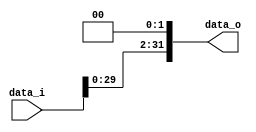
//Subject:      CO project 2 - Shift_Left_Two_32
//--------------------------------------------------------------------------------
//Version:     1
//--------------------------------------------------------------------------------
//Description: 
//--------------------------------------------------------------------------------
`timescale 1ns/1ps
module Shift_Left_Two_32(
    data_i,
    data_o
    );

//I/O ports                    
input [32-1:0] data_i;
output [32-1:0] data_o;
reg [32-1:0] data_o;

//shift left 2
always @(*) begin
    data_o <= {data_i[29:0], 2'b00};
end 

endmodule